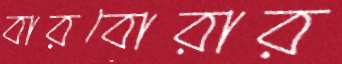
বারবোরার